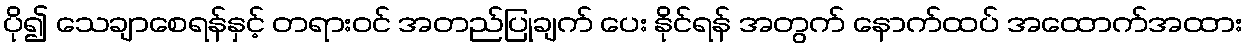
ပို၍ သေချာစေရန်နှင့် တရားဝင် အတည်ပြုချက် ပေး နိုင်ရန် အတွက် နောက်ထပ် အထောက်အထား